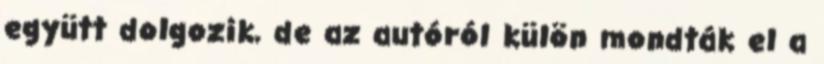
együtt dolgozik, de az autóról külön mondták el a